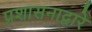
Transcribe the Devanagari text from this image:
प्रशासनाद्वारे